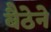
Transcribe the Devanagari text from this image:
बैठेने